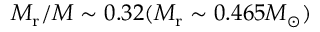
M _ { \mathrm { r } } / M \sim 0 . 3 2 ( M _ { \mathrm { r } } \sim 0 . 4 6 5 M _ { \odot } )